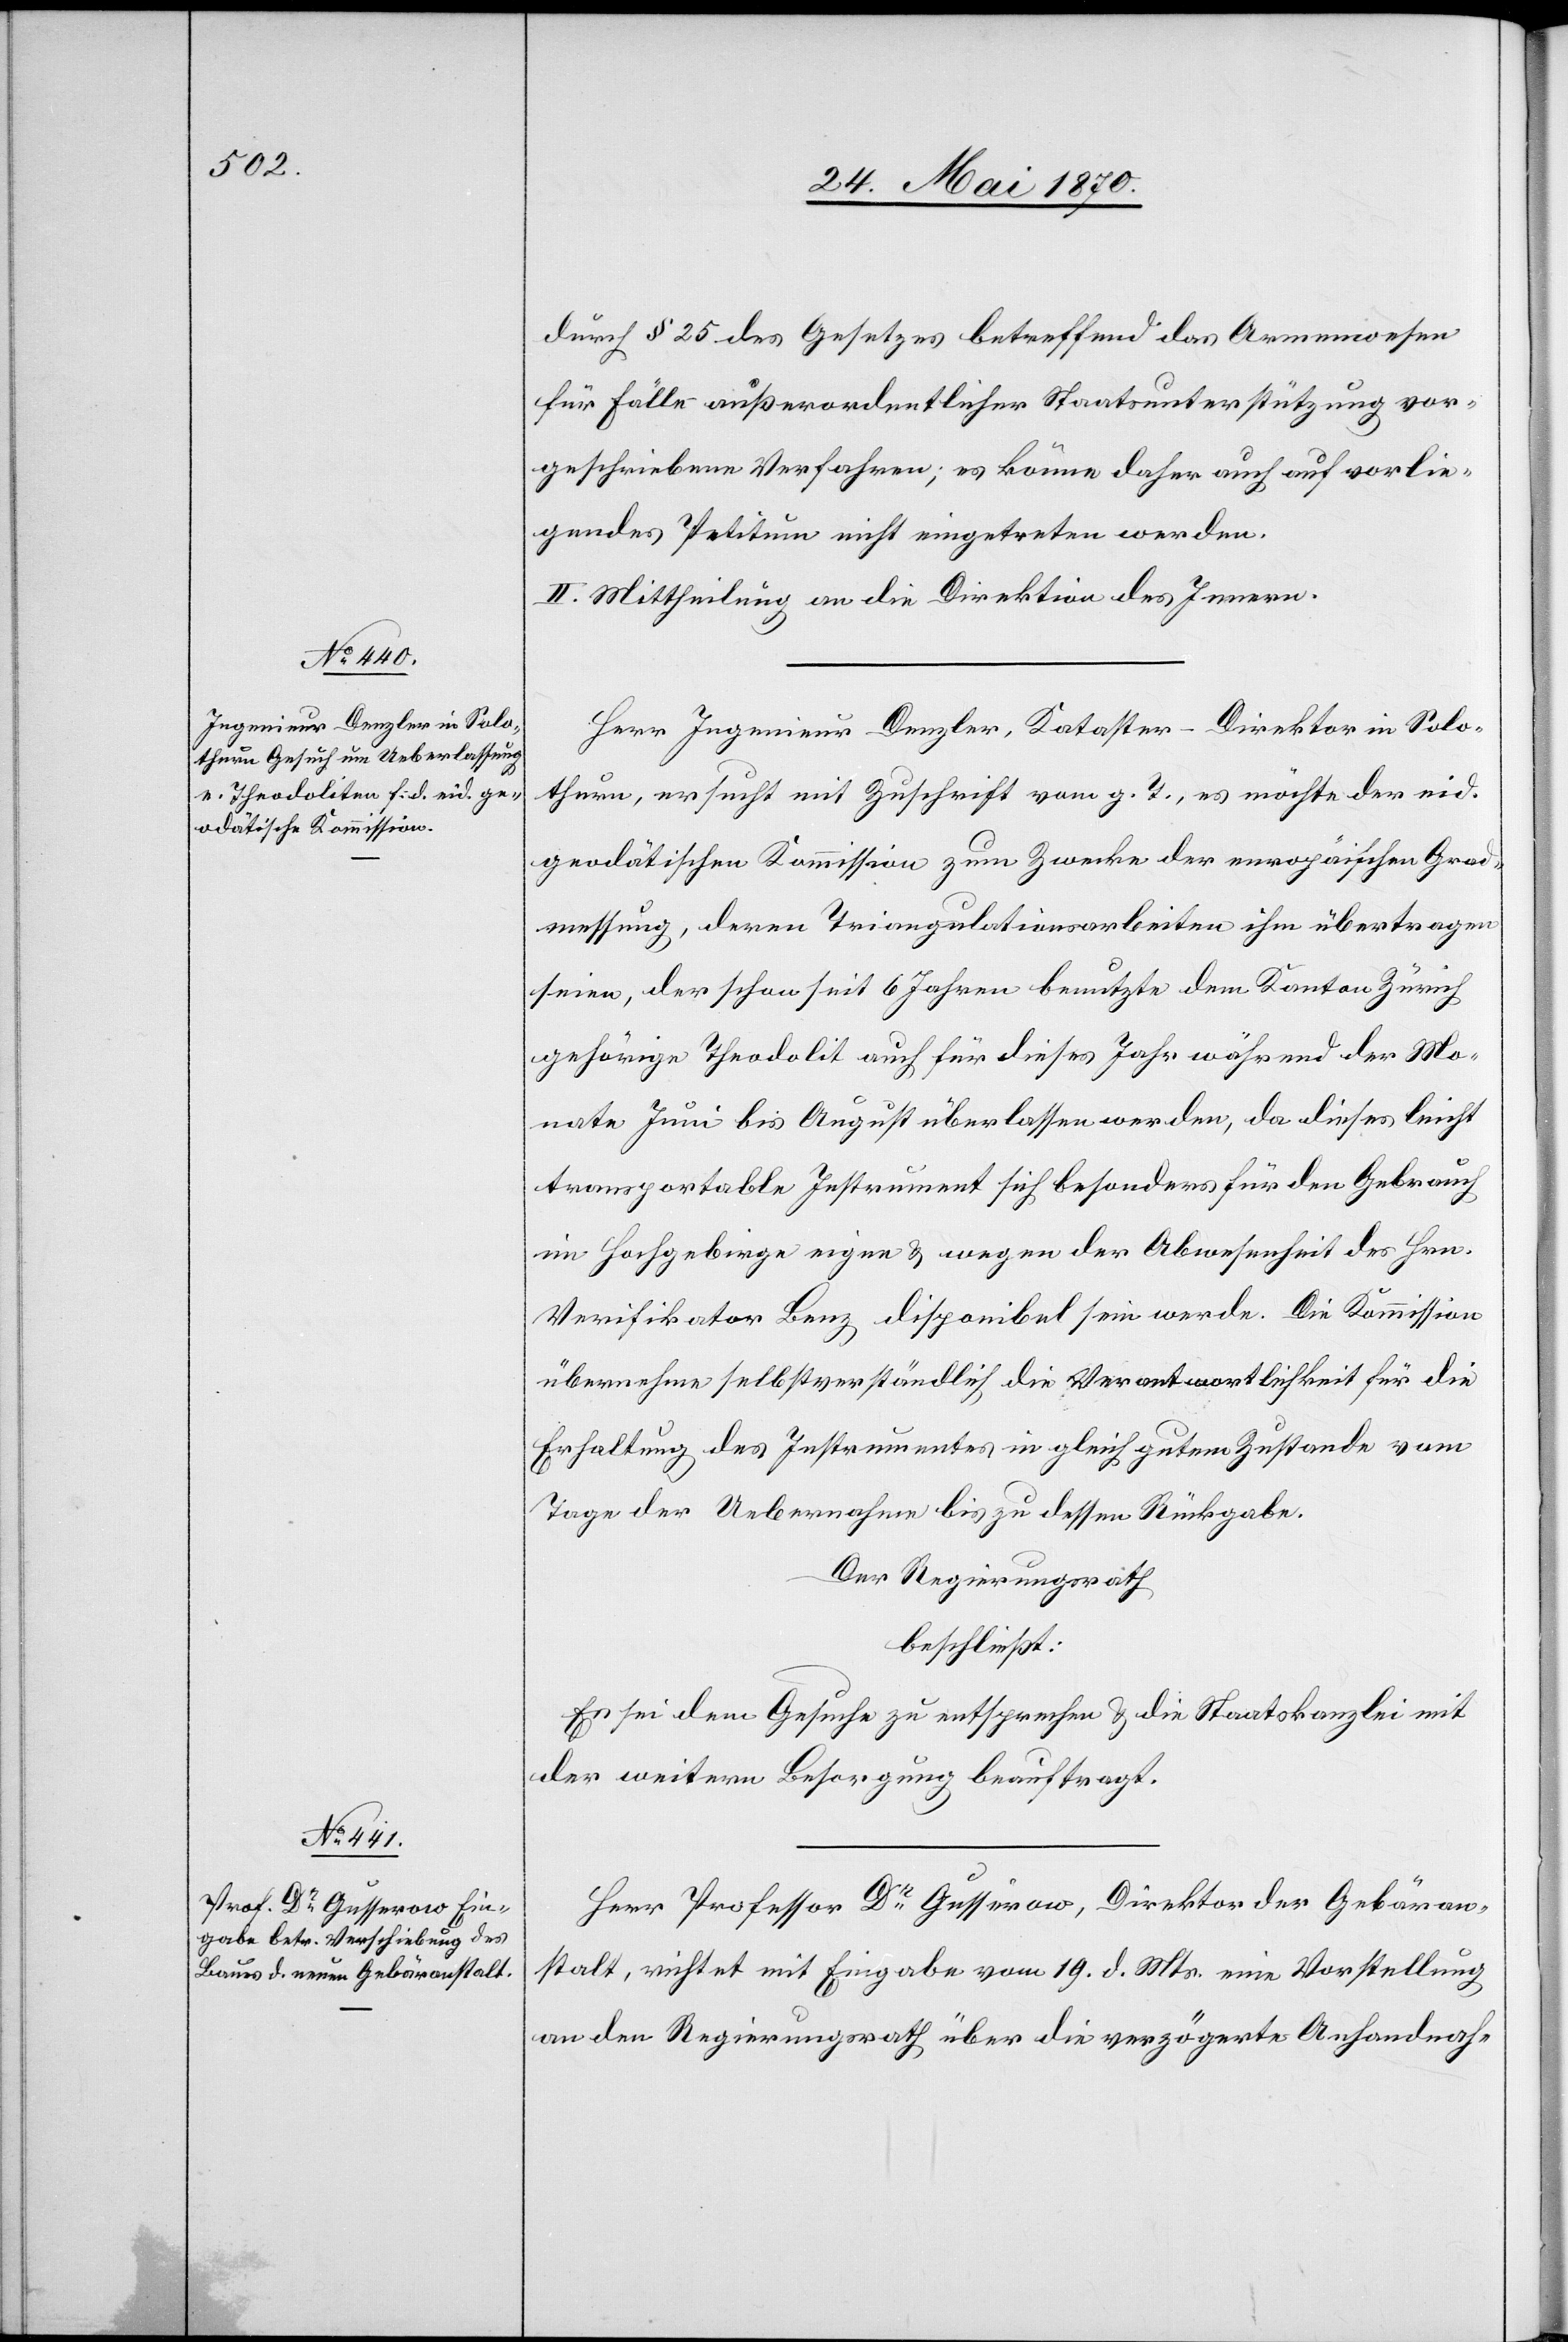
durch § 25 des Gesetzes betreffend das Armenwesen
für Fälle außerordentlicher Staatsunterstützung vor¬
geschriebenen Verfahren; es könne daher auch auf vorlie¬
gendes Petitum nicht eingetreten werden.
II. Mittheilung an die Direktion des Innern.
Herr Ingenieur Denzler, Kataster-Direktor in Solo¬
thurn, ersucht mit Zuschrift vom g. T., es möchte der eid.
geodätischen Kommission zum Zwecke der europäischen Grad¬
messung, deren Triangulationsarbeiten ihm übertragen
seien, der schon seit 6 Jahren benutzte[,] dem Kanton Zürich
gehörige Theodolit auch für dieses Jahr während der Mo¬
nate Juni bis August überlassen werden, da dieses leicht
transportable Instrument sich besonders für den Gebrauch
im Hochgebirge eigne & wegen der Abwesenheit des Hrn.
Verifikator Benz disponibel sein werde. Die Kommission
übernehme selbstverständlich die Verantwortlichkeit für die
Erhaltung des Instrumentes in gleich gutem Zustande vom
Tage der Uebernahme bis zu dessen Rückgabe.
Der Regierungsrath
beschließt:
Es sei dem Gesuche zu entsprechen & die Staatskanzlei mit
der weitern Besorgung beauftragt.
Herr Professor Dr Gusserow, Direktor der Gebäran¬
stalt, richtet mit Eingabe vom 19. d. Mts. eine Vorstellung
an den Regierungsrath über die verzögerte Anhandnah-